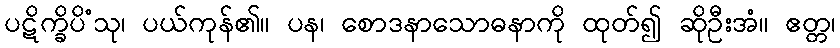
ပဋိက္ခိပိံသု၊ ပယ်ကုန်၏။ ပန၊ စောဒနာသောဓနာကို ထုတ်၍ ဆိုဦးအံ။ ဧတ္တ၊